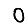
Digit: 0